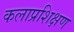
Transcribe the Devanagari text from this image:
कलाप्रशिक्षण